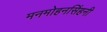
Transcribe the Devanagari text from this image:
मनमोहनसिंहनी